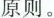
原则。